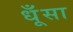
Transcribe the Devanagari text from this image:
धूँसा